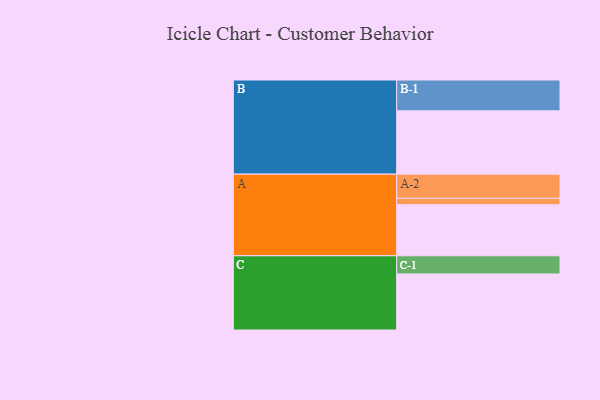
{"axis": {"x": "Segment", "y": "Value"}, "legend": ["", "A", "B", "C"], "data": [{"x": "A", "y": 474, "type": ""}, {"x": "B", "y": 588, "type": ""}, {"x": "C", "y": 520, "type": ""}, {"x": "A-1", "y": 59, "type": "A"}, {"x": "A-2", "y": 224, "type": "A"}, {"x": "B-1", "y": 286, "type": "B"}, {"x": "C-1", "y": 169, "type": "C"}]}